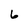
Character: 6